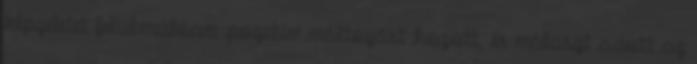
képzeletet felülmúlóan pozitív változást hozott, és választ adott az